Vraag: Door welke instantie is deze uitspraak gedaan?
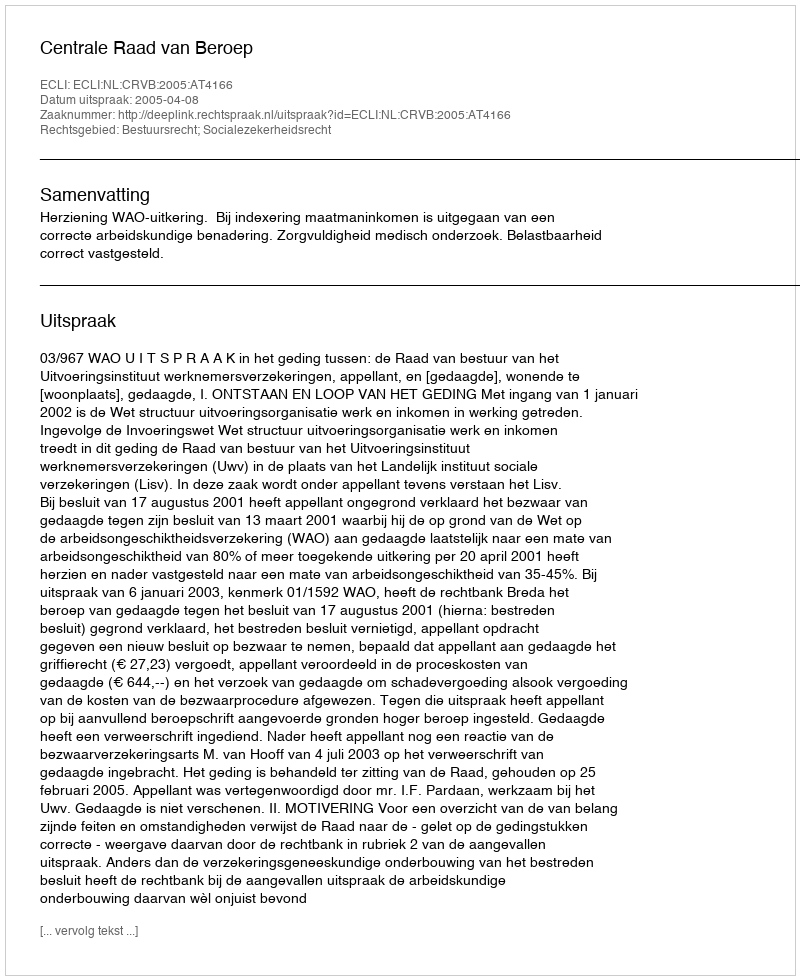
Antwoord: Centrale Raad van Beroep